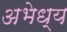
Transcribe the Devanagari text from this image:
अभेध्य